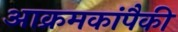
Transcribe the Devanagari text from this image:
आक्रमकांपैकी